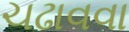
ચઢાવવા